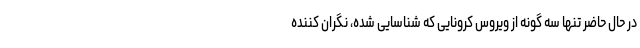
در حال حاضر تنها سه گونه از ویروس کرونایی که شناسایی شده،‌ نگران کننده